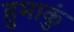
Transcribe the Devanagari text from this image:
हुमाकुं